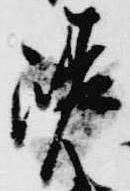
嵯